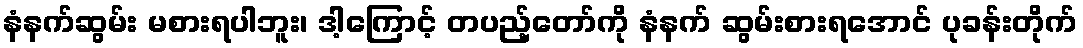
နံနက်ဆွမ်း မစားရပါဘူး၊ ဒါ့ကြောင့် တပည့်တော်ကို နံနက် ဆွမ်းစားရအောင် ပုခန်းတိုက်